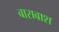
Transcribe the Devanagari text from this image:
बाराबाश